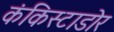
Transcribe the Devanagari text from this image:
कंकिस्टाडोर